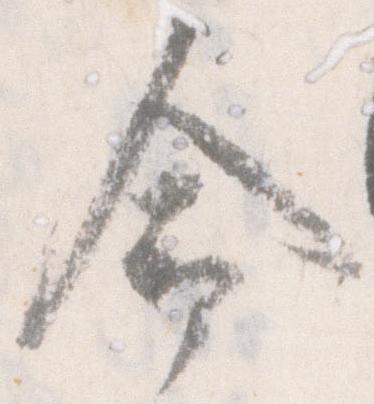
命